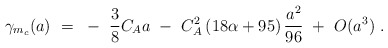
\begin{align*}\gamma_{m_c}(a) ~=~ -~ \frac{3}{8} C_A a ~-~ C_A^2 \left( 18 \alpha + 95 \right) \frac{a^2}{96} ~+~ O(a^3) ~.\end{align*}